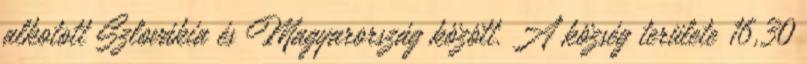
alkotott Szlovákia és Magyarország között. A község területe 16,30